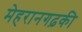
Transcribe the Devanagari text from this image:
मेहरानगढ़की